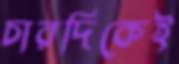
চারদিকেই